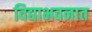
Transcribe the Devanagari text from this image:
विद्याभवनात